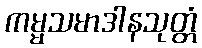
ကမ္မသမာဒါနသုတ္တံ